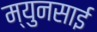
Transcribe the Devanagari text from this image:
म्युनसाई